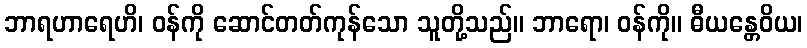
ဘာရဟာရေဟိ၊ ဝန်ကို ဆောင်တတ်ကုန်သော သူတို့သည်။ ဘာရော၊ ဝန်ကို။ ဓီယန္တေဝိယ၊